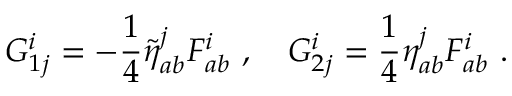
G _ { 1 j } ^ { i } = - \frac { 1 } { 4 } \tilde { \eta } _ { a b } ^ { j } F _ { a b } ^ { i } \ , \quad G _ { 2 j } ^ { i } = \frac { 1 } { 4 } \eta _ { a b } ^ { j } F _ { a b } ^ { i } \ .